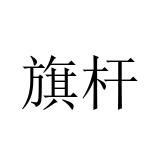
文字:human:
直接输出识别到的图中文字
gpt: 旗杆